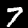
Label: 7